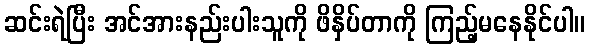
ဆင်းရဲပြီး အင်အားနည်းပါးသူကို ဖိနှိပ်တာကို ကြည့်မနေနိုင်ပါ။